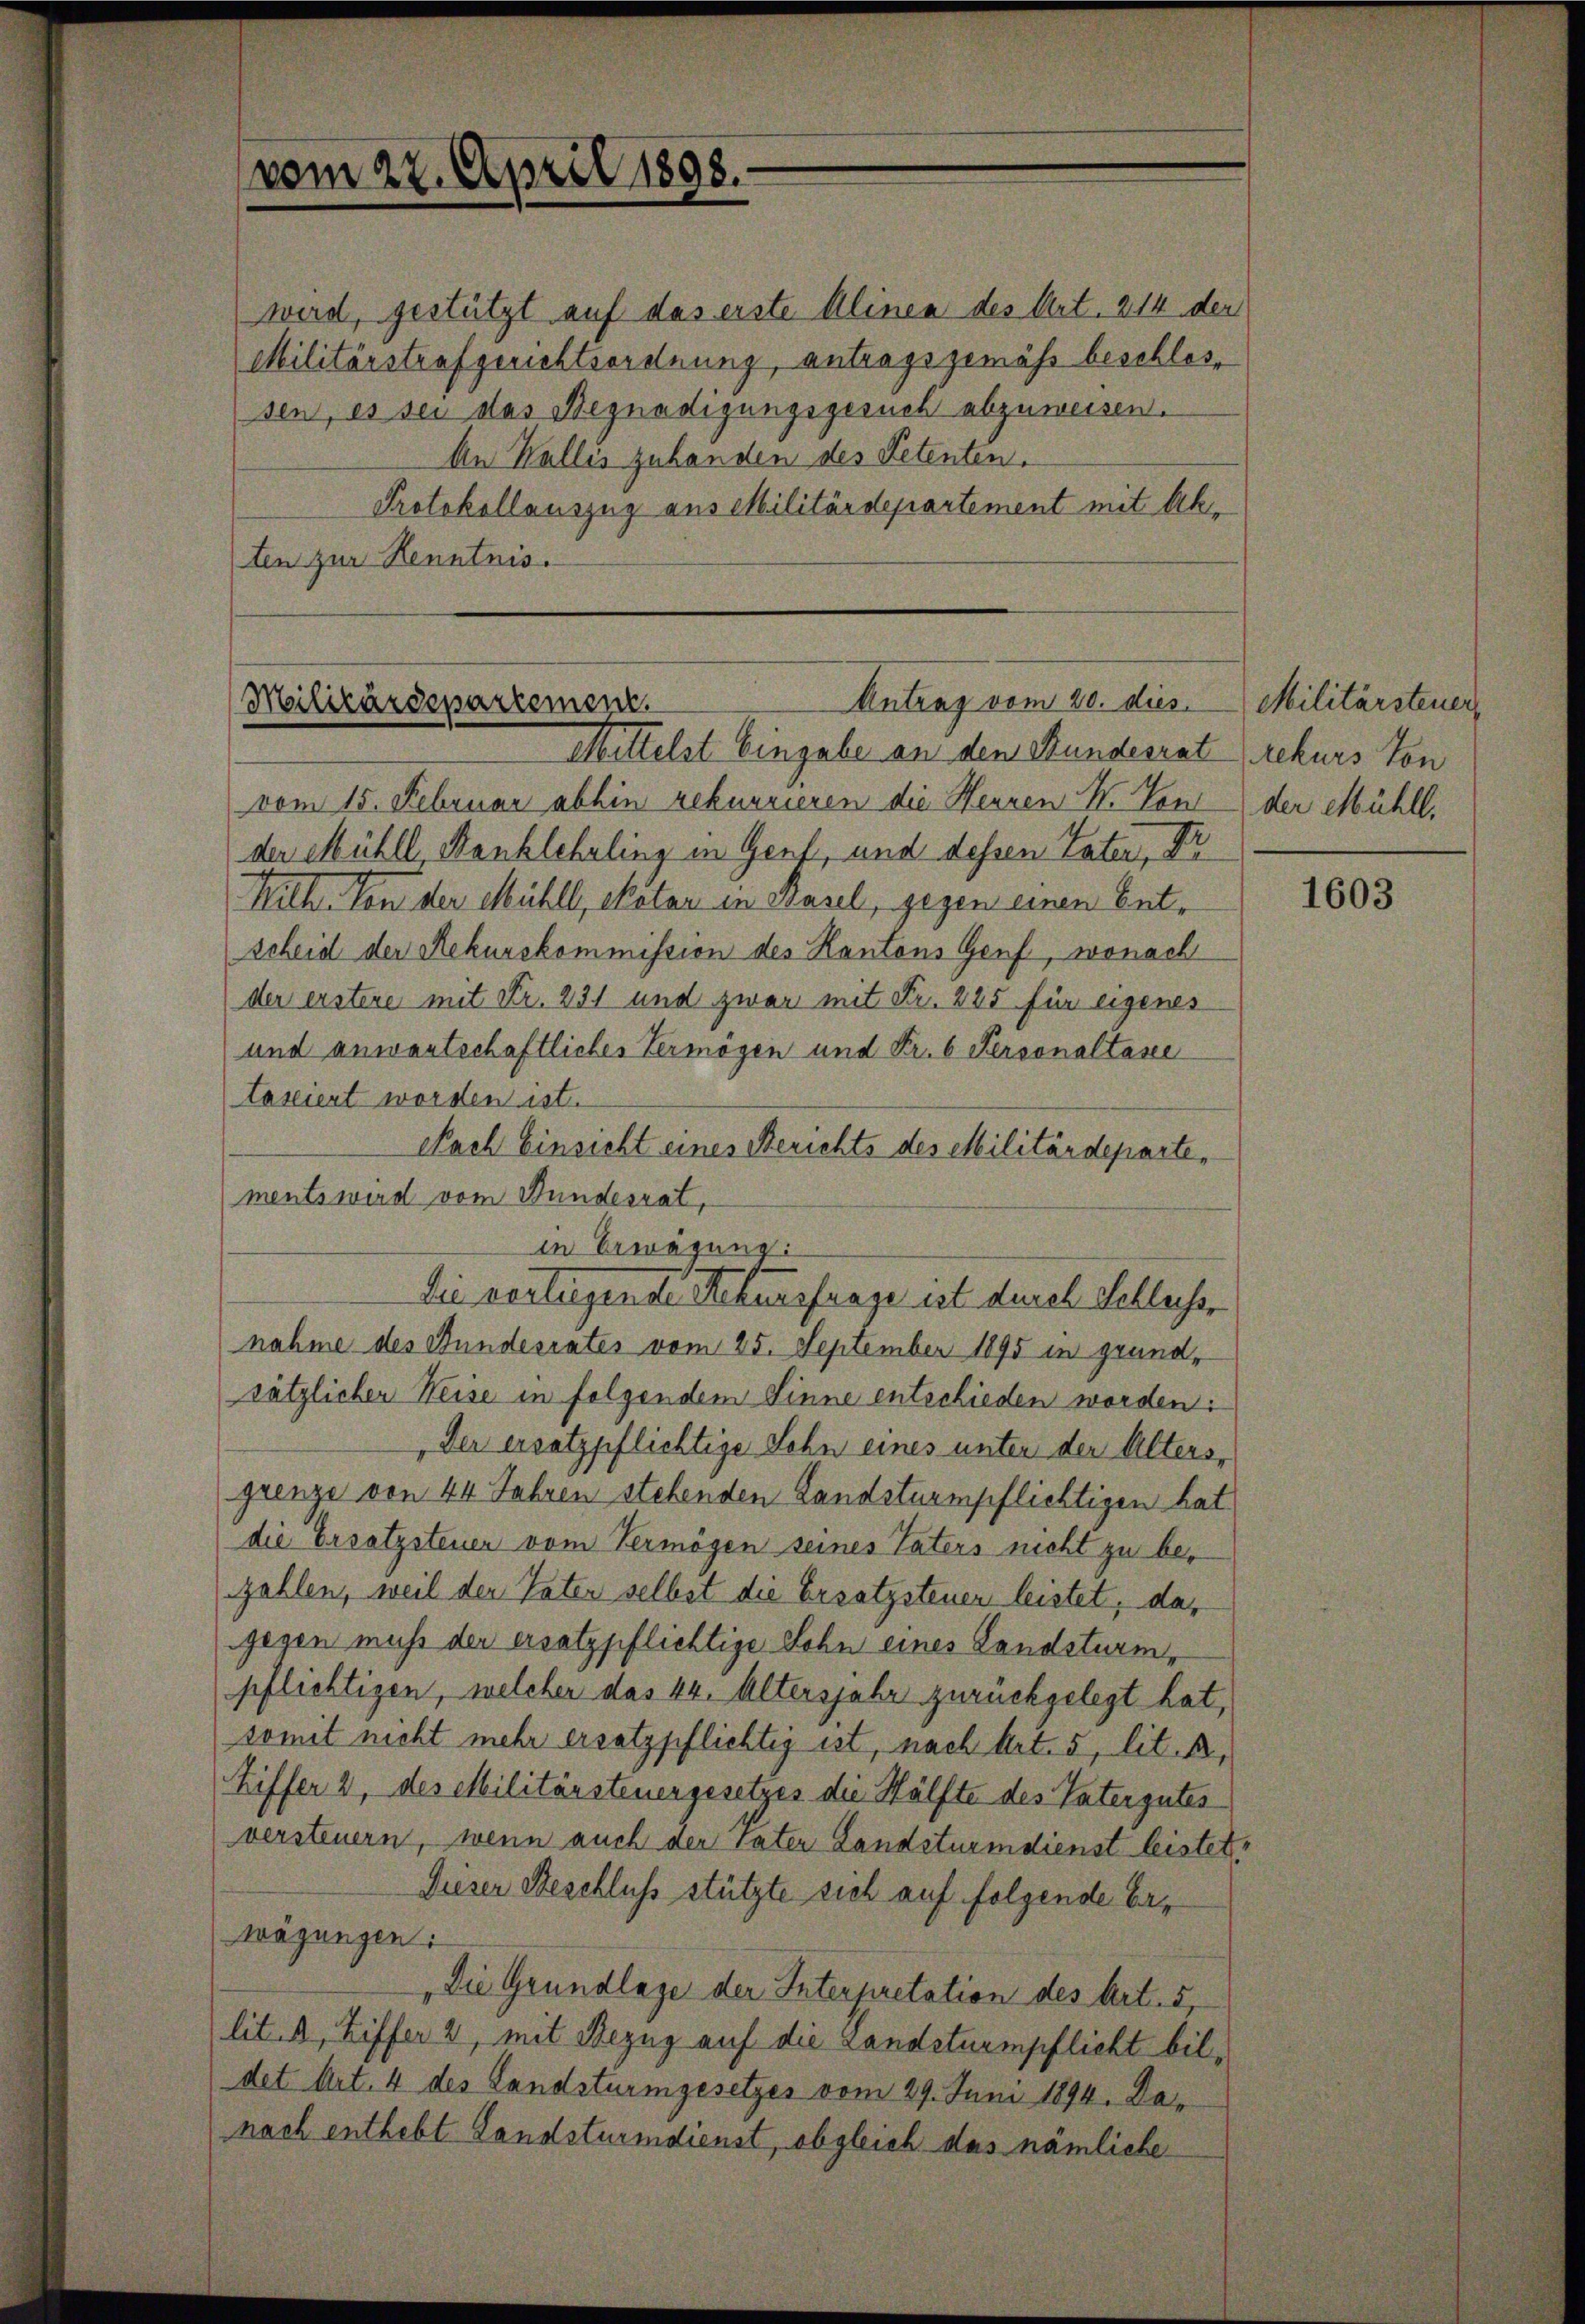
vom 22. April 1898.

wird, gestützt auf das erste Alinen des Art. 214 der
Militärstrafgerichtsordnung, antragsgemäss beschlossen, es sei das Begnadigungsgesuch abzuweisen.
An Wallis zuhanden des Petenten.
Protokollauszug aus Militärdepartement mit Akten zur Kenntnis.

Antrag vom 20. dies. Militärsteuer
Militärdepartement.
Mittelst Eingabe an den Stundesrat rekurs von

vom 15. Februar abhin rekurrieren die Hennen N. Von der Mühll.
der Mühll, Banklehrling in Genf, und dessen Vater, Dr
Kilch. Von der Mühl, ekatar in Basel, gegen einen Entscheid der Rekurskommission des Kantons Genf, wonach
der erstere mit Fr. 231 und zwar mit Fr. 225 für eigenes
und anwartschaftliches Vermögen und Fr. 6 Personaltasse
tasiert worden ist.
Nach Einsicht eines Berichts des Militärdepartements wird vom Bundesrat,
in Erwägung:
nahme des Bundesrates vom 25. September 1895 in grundsätzlicher Weise in folgendem Sinne entschieden worden:
Der ersatzpflichtige Sohn eines unter der Altersgrenze von 44 Jahren stehenden Landstumpflichtigen hat
die Ersatzsteuer vom Vermögen seines Vaters nicht zu bezahlen, weil der Vater selbst die Ersatzsteuer leistet, das
gegen muss der ersatzpflichtige Sohn eines Landsturm-
pflichtigen, welcher das 44. Altersjahr zurückgelegt hat,
somit nicht mehr ersatzpflichtig ist, nach Art. 5, lit. B.
hiffer 2, des Militärsteuergesetzes die Hälfte des Vatergutes
versteuern, wenn auch der vater Landsturidienst leistet¬
Dieser Beschluss stützte sich auf folgende Erwägungen:
Die Grundlage der Interpretation des Art. 5,
lit. a, Ziffer 2, mit Bezug auf die Landstuempflicht bildet Art. 4 des Sandsturmgesetzes vom 29. Juni 1894. Danach enthebt Landsturmdienst, obgleich das nämliche

Die vorliegende Rekursfrage ist durch Schlachse

1603